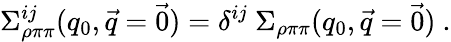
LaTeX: \Sigma_{\rho\pi\pi}^{ij}(q_{0},\vec{q}=\vec{0})=\delta^{ij}\ \Sigma_{\rho\pi\pi}(q_{0},\vec{q}=\vec{0})\ .